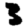
Digit: 3